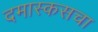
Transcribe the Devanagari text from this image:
दमास्कसचा